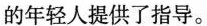
的年轻人提供了指导。